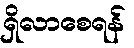
ရှိလာစေရန်